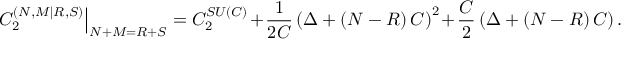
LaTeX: \left. C _ { 2 } ^ { \left( N , M | R , S \right) } \right\vert _ { N + M = R + S } = C _ { 2 } ^ { S U \left( C \right) } + \frac { 1 } { 2 C } \left( \Delta + \left( N - R \right) C \right) ^ { 2 } + \frac { C } { 2 } \left( \Delta + \left( N - R \right) C \right) .